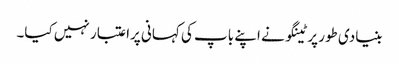
بنیادی طور پر ٹینگو نے اپنے باپ کی کہانی پراعتبار نہیں کیا۔